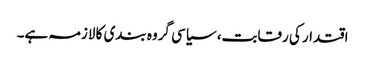
اقتدار کی رقابت، سیاسی گروہ بندی کا لازمہ ہے۔